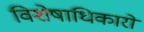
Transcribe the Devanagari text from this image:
विशेषाधिकारो